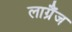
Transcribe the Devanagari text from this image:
लाग्रैंज